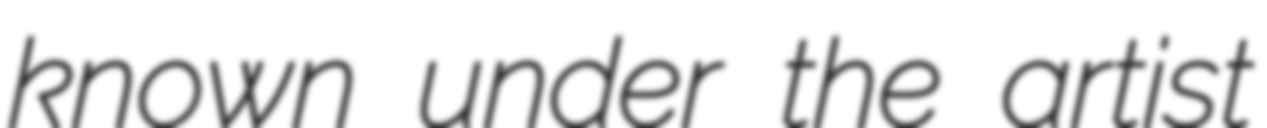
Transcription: known under the artist